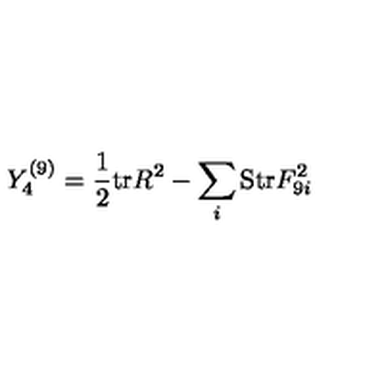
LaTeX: Y _ { 4 } ^ { ( 9 ) } = { \frac { 1 } { 2 } } \mathrm { t r } R ^ { 2 } - \sum _ { i } \mathrm { S t r } F _ { 9 i } ^ { 2 }